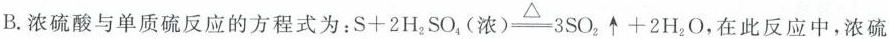
B.浓硫酸与单质硫反应的方程式为：$$S+2H_{2}SO_{4}(浓)\xlongequal[]{\Delta }3SO_{2}\uparrow +2H_{2}O$$，在此反应中，浓硫